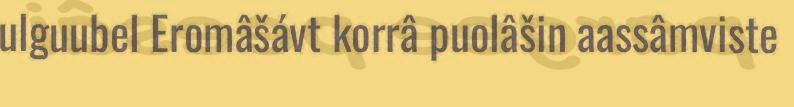
ulguubel Eromâšávt korrâ puolâšin aassâmviste